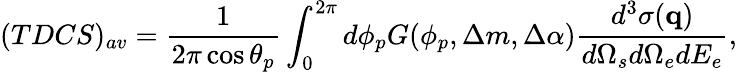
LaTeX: (TDCS)_{av}=\frac{1}{2\pi\cos\theta_{p}}\int_{0}^{2\pi}d\phi_{p}G(\phi_{p},\Delta m,\Delta\alpha)\frac{d^{3}\sigma(\mathbf{q})}{d\Omega_{s}d\Omega_{e}dE_{e}},